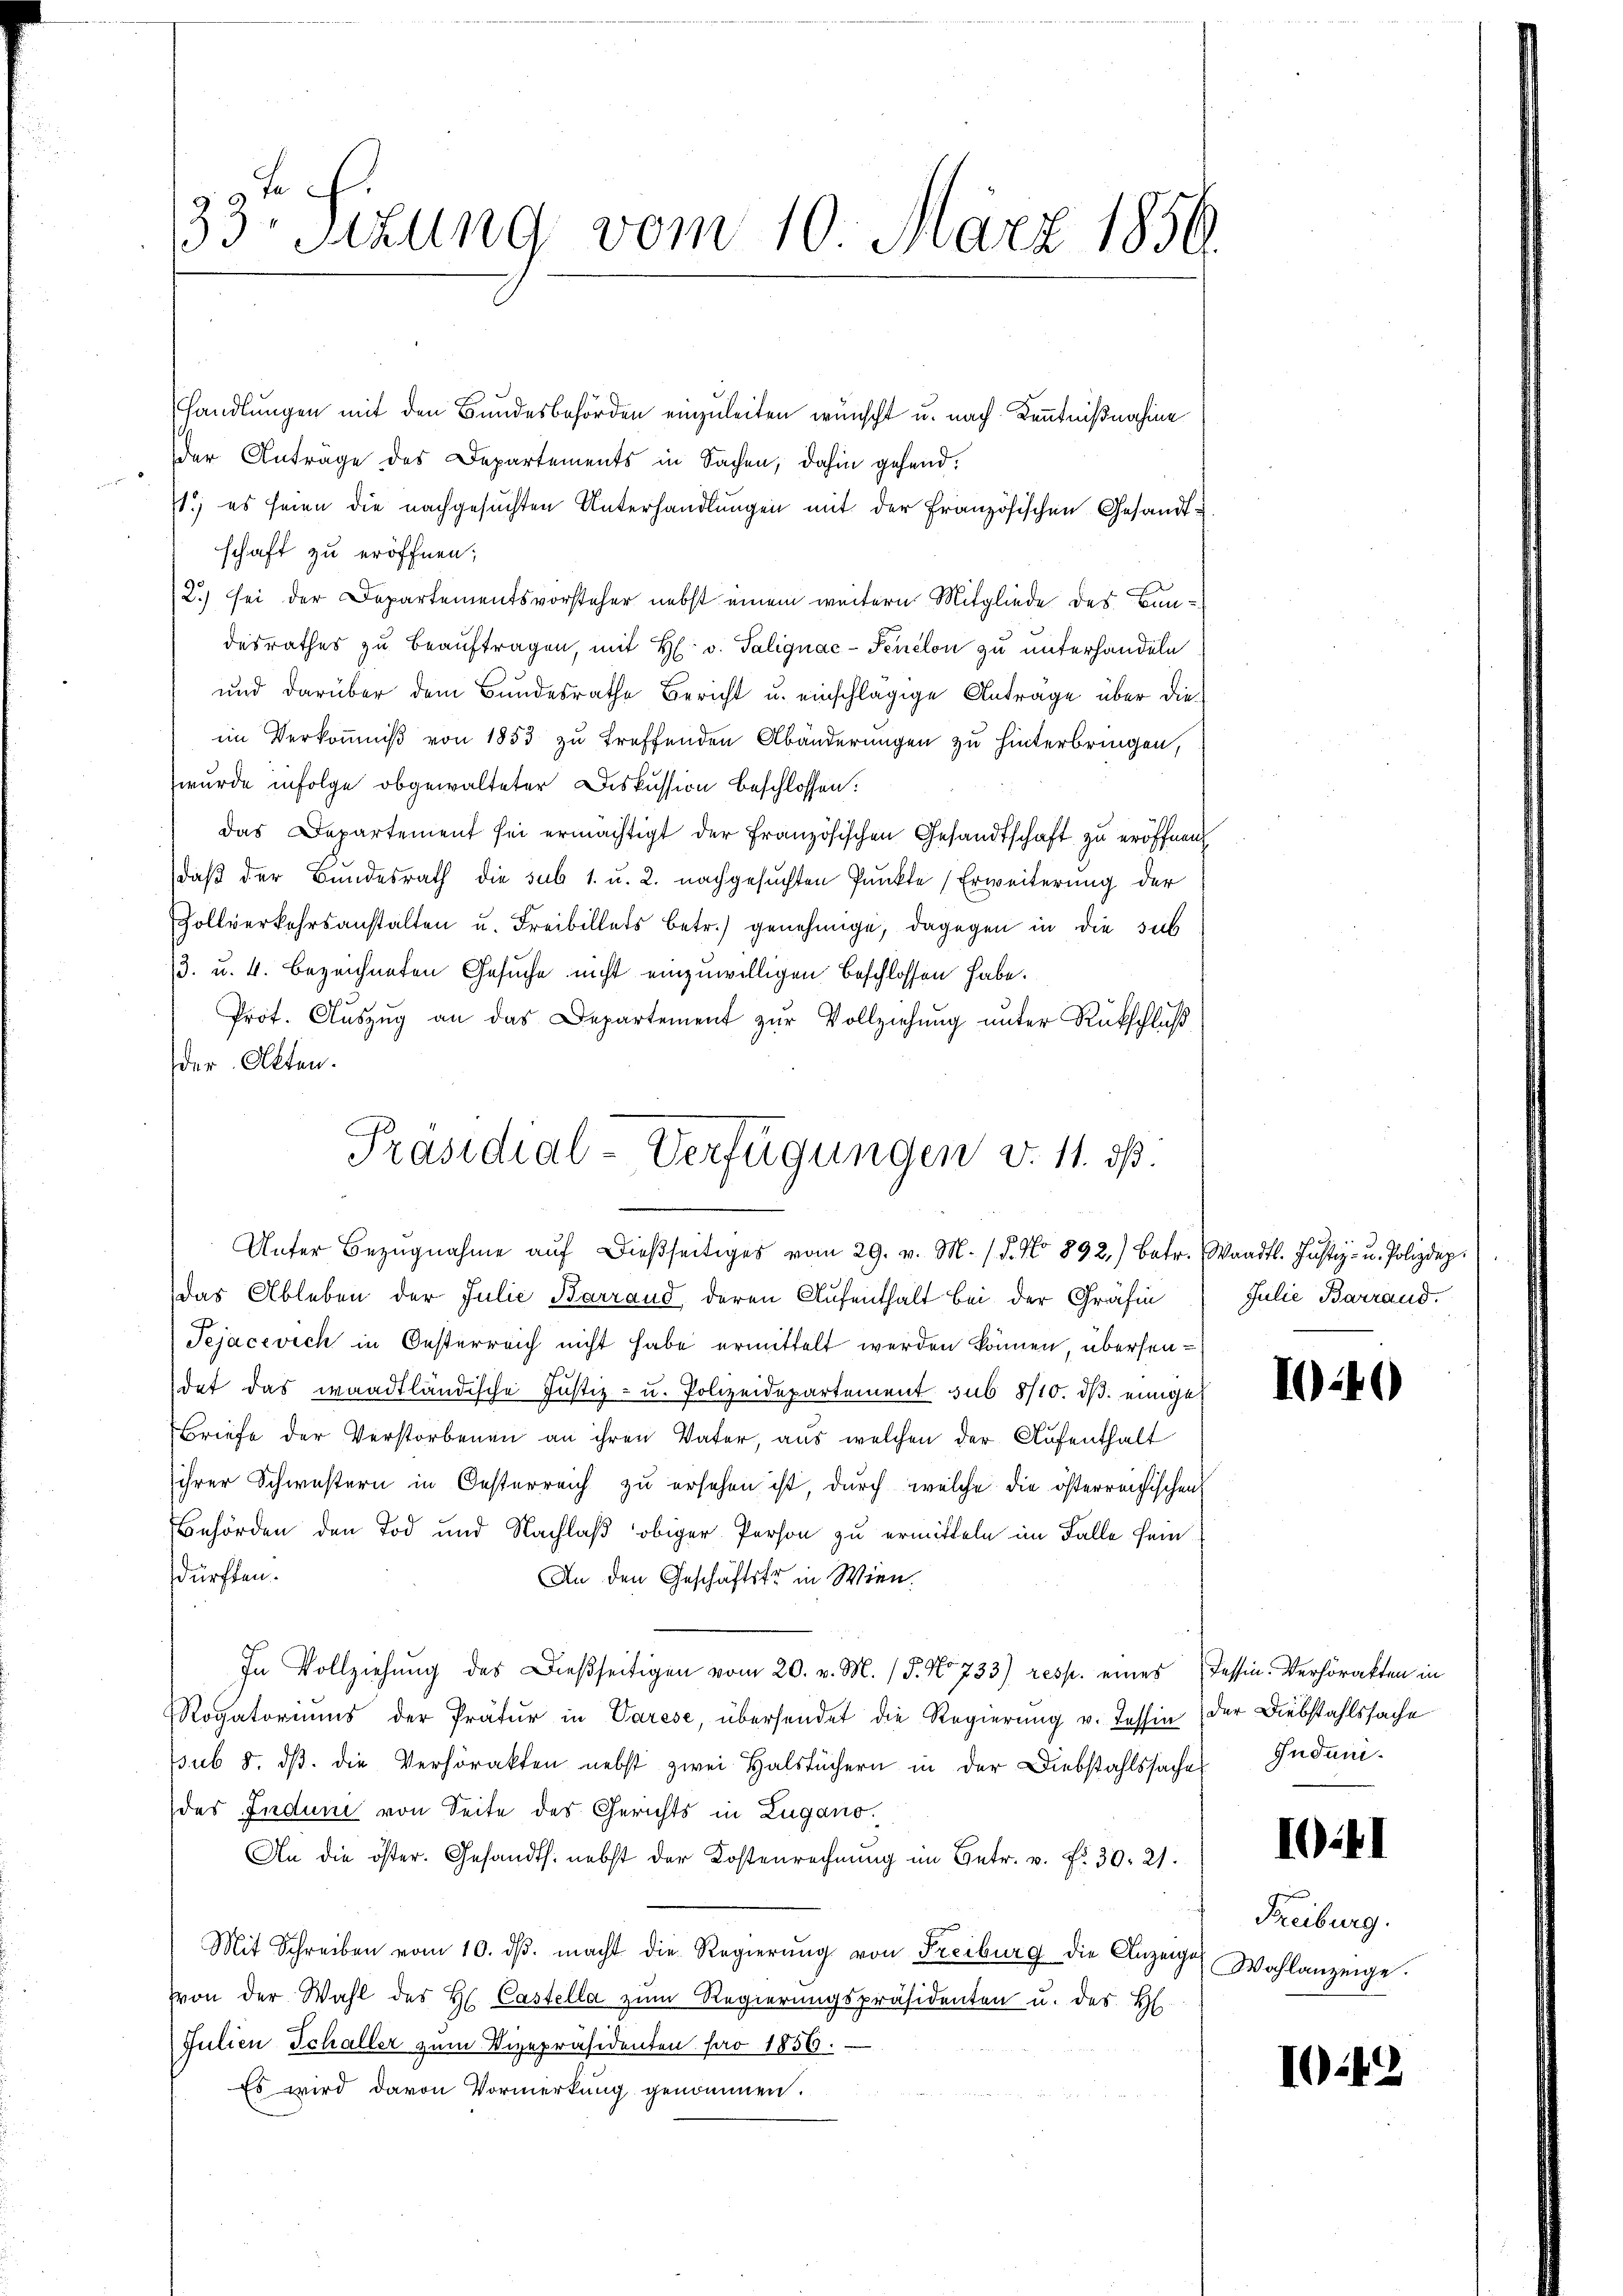
f
33r Sitzung vom 10. März 1856

handlungen mit den Bundesbehörden einzuleiten wünscht u. nach Kenntnißnahme
der Anträge des Departements in Sachen, dahin gehend.
11.) es seien die nachgesuchten Unterhandlungen mit der Französischen Gesandtschaft zu eröffnen;
2.) sei der Departementsvorsteher nebst einem weitern Mitgliede des Bun
desrathes zu beauftragen, mit H. v. Talignac-Penelon zu unterhandeln
und darüber dem Bundesrathe Bericht u. einschlägige Anträge über dieim Verkommniß von 1853 zu treffenden Abänderungen zu hinterbringen,
wurde infolge obgewalteter Diskussion beschlossen:
das Departement sei ermächtigt der Französischen Gesandtschaft zu eröffnen
daβ der Bundesrath die sub 1. u. 2. nachgesŭchten Pŭnkte Erweiterŭng der
Zollverkehrsanstalten u. Freibilles betr.) genehmige, dagegen in die sub
3. u. 4. bezeichneten Gesuche nicht einzuwilligen beschlossen habe.
Prot. Auszug an das Departement zur Vollziehung unter Rückschluß
der Alten.
das Ableben der Julie Barrand deren Aufenthalt bei der Gräfin
Tejacevich in Oesterreich nicht habe ermittelt werden können, übersendet das waadtländische Justiz- u. Polizeidepartement sub 8/10. ds. einige
Briefe der Verstorbenen an ihren Vater, aus welchen der Aufenthalt
ihrer Schwestern in Oesterreich zu ersehen ist, durch welche die österreichischen
Behörden den Tod und Nachlaß obiger Person zu ermitteln im Falle sein
dürften.
An den Geschäftstr in Wien.
In Vollziehung des Dießseitigen vom 20. v. M. 15. No 733) resp. eines Tessin. Verhörakten in
Rogatoriŭms der Prätŭr in Varese, übersendet die Regierung v. Tessin der Diebstahlssache
sub 8. dβ. die Verhörakten nebst zwei Halstüchern in der Diebstahlssaches Indunides Indum von Seite des Gerichts in Zugano.
An die öster. Gesandts. nebst der Kostenrechnŭng im Betr. v. fr. 30. 21.
Mit Schreiben vom 10. dβ. macht die Regierŭng von Freiburg die Anzeige
von der Wahl des H. Castella zum Regierungspräsidenten u. des H
Julien Schaller zum Vizepräsidenten pro 1856.
Es wird davon Vormerkung genommen.

Präsidial-Verfügungen v. 11. ds.
Unter Bezŭgnahme aŭf dießseitiges vom 29. v. M. 18. No 892.) Betr. Waadt. Justiz- u. Polizdep

Julie Barrand.

1049

1041

Freiburg.
Wohlanzeige.

I42